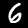
Label: 6